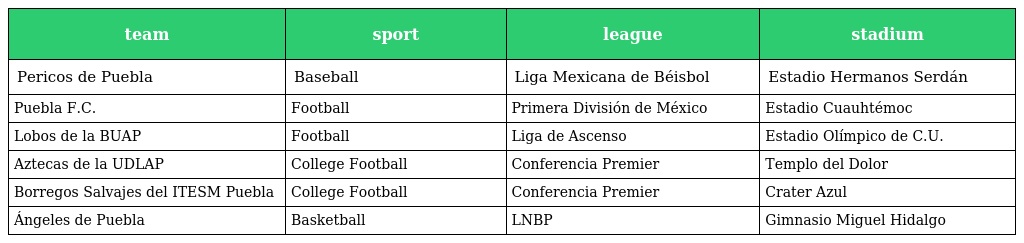
| team | sport | league | stadium |
 | --- | --- | --- | --- |
 | Pericos de Puebla | Baseball | Liga Mexicana de Béisbol | Estadio Hermanos Serdán |
 | Puebla F.C. | Football | Primera División de México | Estadio Cuauhtémoc |
 | Lobos de la BUAP | Football | Liga de Ascenso | Estadio Olímpico de C.U. |
 | Aztecas de la UDLAP | College Football | Conferencia Premier | Templo del Dolor |
 | Borregos Salvajes del ITESM Puebla | College Football | Conferencia Premier | Crater Azul |
 | Ángeles de Puebla | Basketball | LNBP | Gimnasio Miguel Hidalgo |